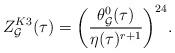
LaTeX: \begin{align*}Z^{K3}_{\cal G}(\tau)=\biggl(\frac{\theta_{\cal G}^{0}(\tau)}{\eta(\tau)^{r+1}}\biggr)^{24}.\end{align*}